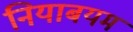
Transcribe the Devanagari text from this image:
नियाबयम